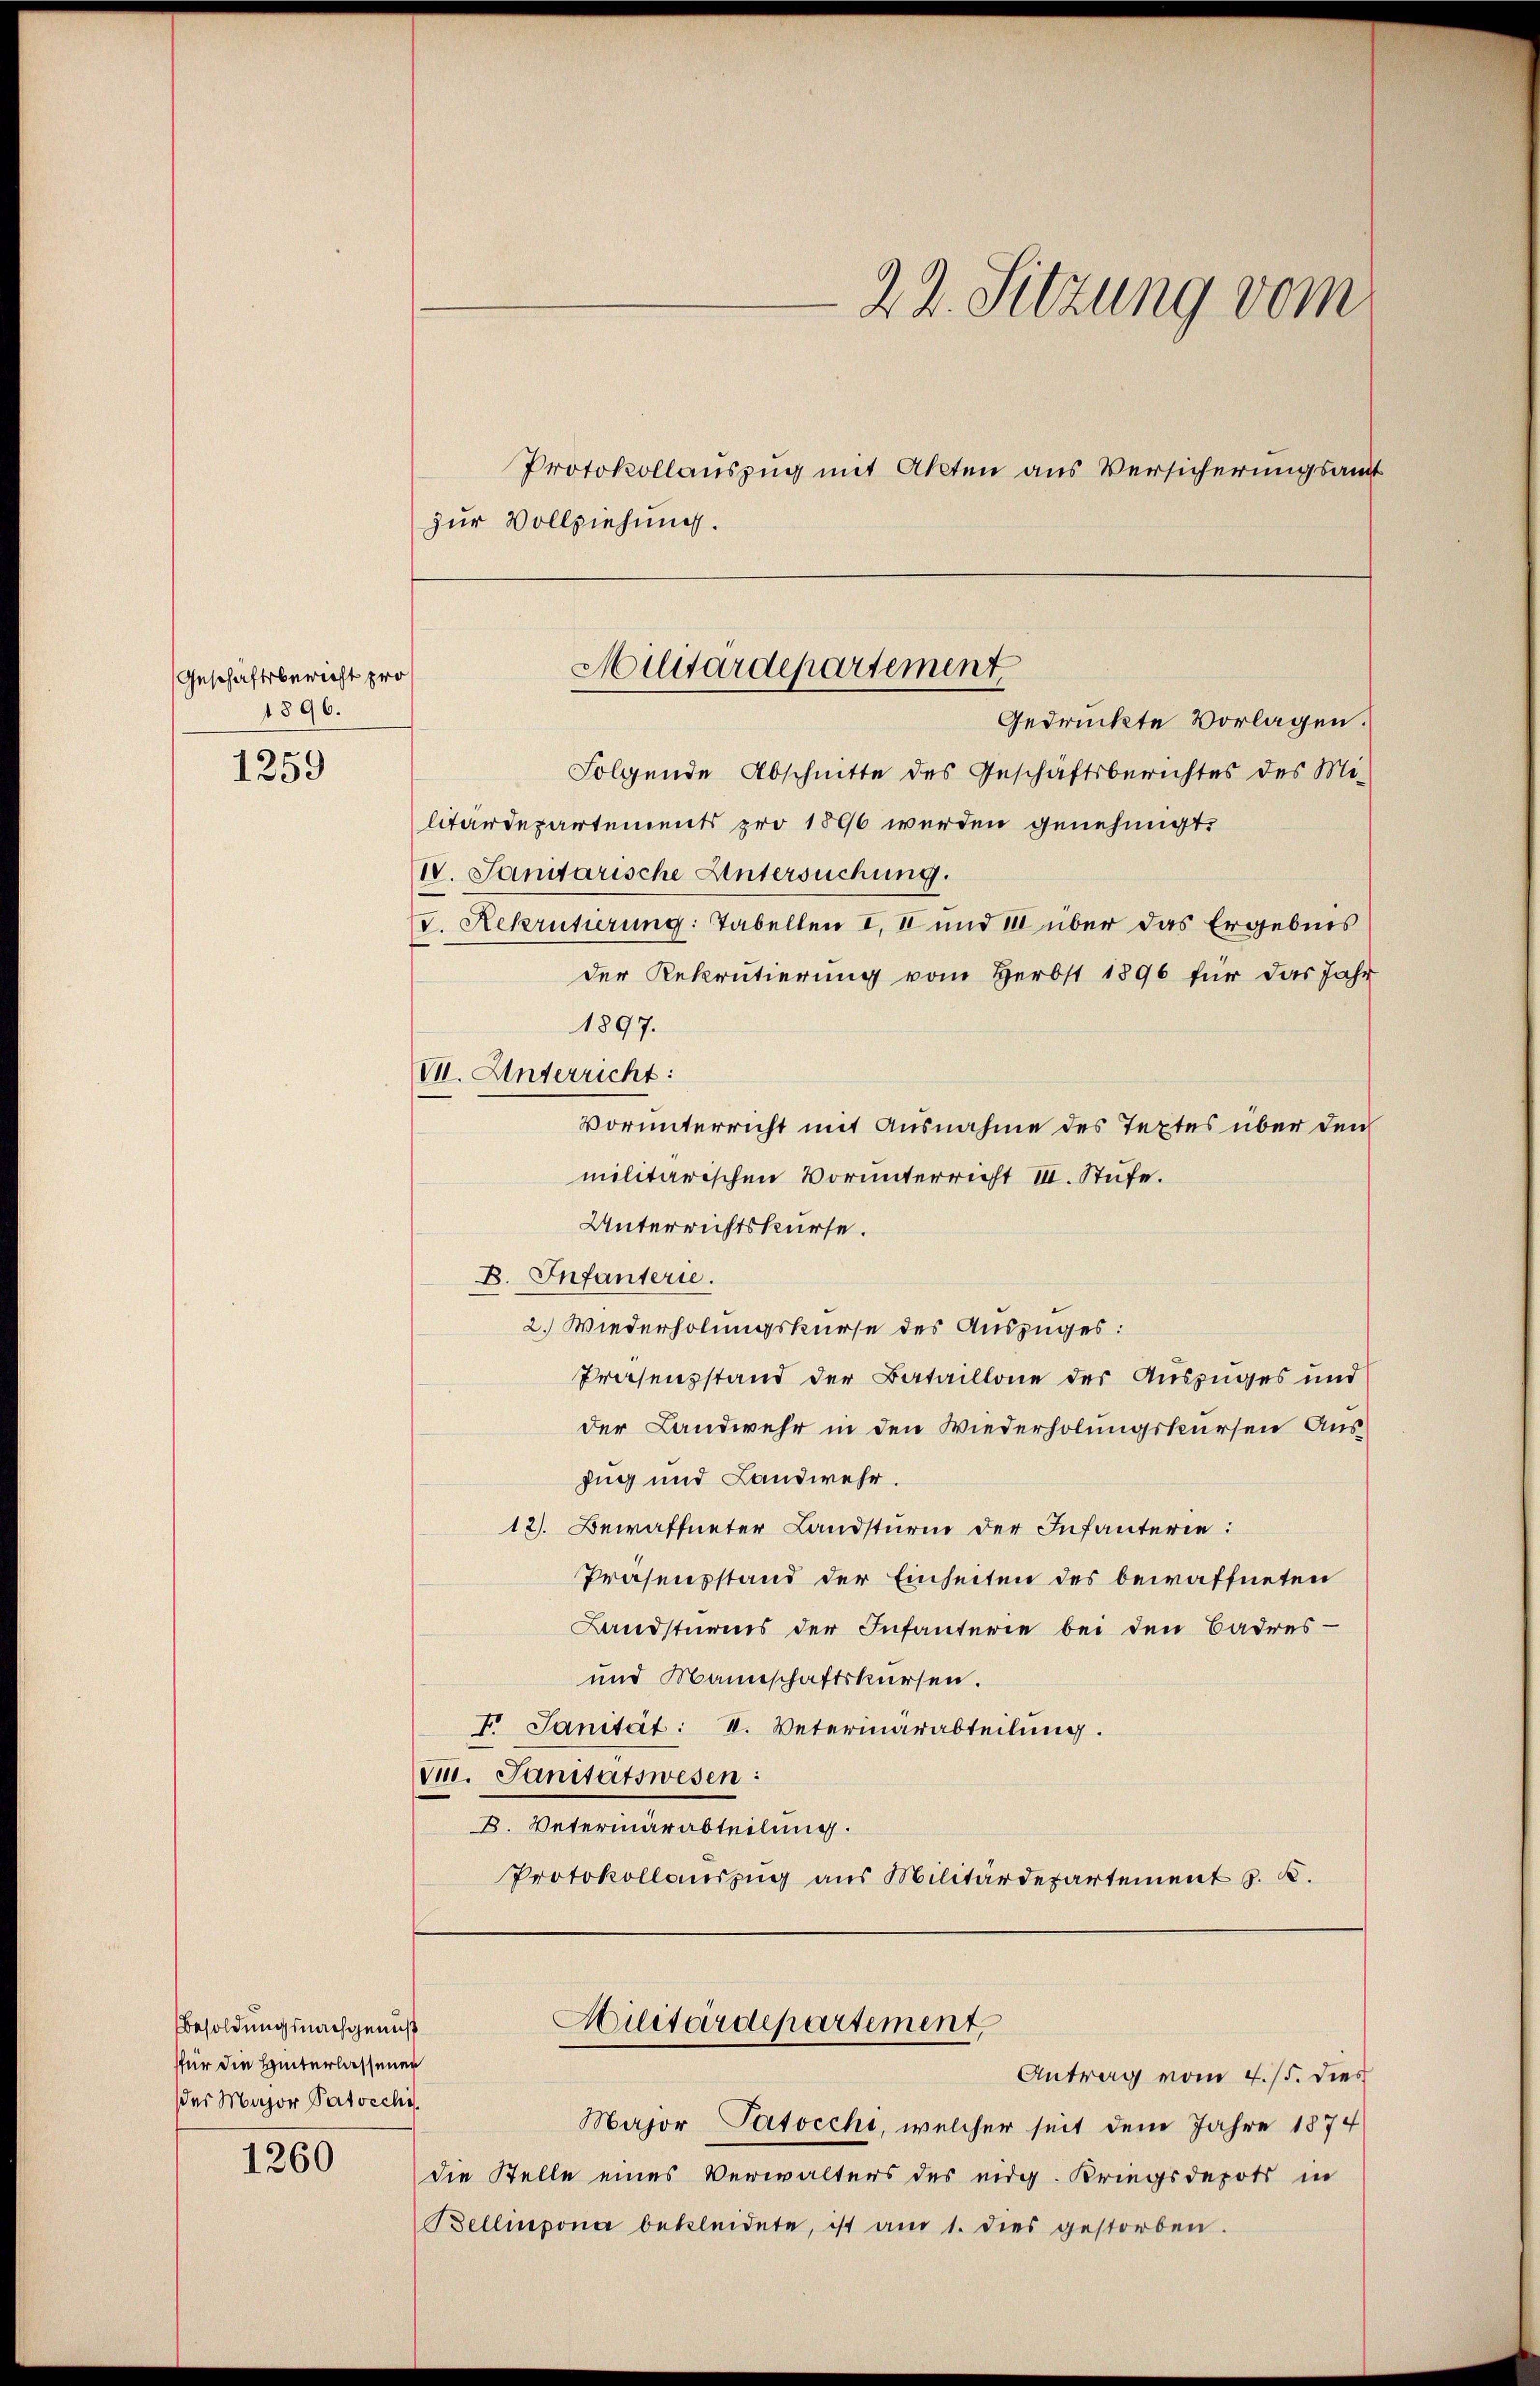
Geschäftsbericht pro
1896.

1259

Besoldungsnachgenuß
für die Hinterlassener
der Major Patoechs

1260

zur Vollziehung.
Folgende Abschnitte des Geschäftsberichtes des Mi-
litärdepartements pro 1890 werden genehmigt.
IV. Janitarische Untersuchung.
(V. Rekrutierung: Tabellen I. II und III über das Ergebnis
der Rekrutierung vom Herbst 1896 für das Jahr
1897.
V. Unterricht:
Vorunterricht mit Ausnahme des Textes über den
militärischen Vorunterricht III. Stufe.
Unterrichtskurse.
B. Infanterie.
2. Wiederholungskurse des Auszuges:
Präsenzstand der Bataillone der Auszuges und
der Landwehr in den Wiederholungskursen Aus¬
Zug und Landwehr.
12). Bewaffneter Landsturm der Infanterie:
Prasensstand der Einheiten des bewaffneten
Landstürens der Infanterie bei den Badres-
und Mannschaftskursen.
I. Janität: I. Veterinärabteilung.
v. Sanitätswesen:
B. Veterinärabteilung.
Protokollauszug aus Militärdepartement S. K.

Major Patocchi, welcher seit dem Jahre 1874
die Stelle eines Verwalters des eidg. Kriegsdepots in
Bellmpona bekleidete, ist am 1. dies gestorben.

22. Sitzung vom
Protokollauszug mit Akten aus Versicherungsamt

Militärdepartement
Gedrückte Vorlagen.

Militärdepartement.
Antrag vom 4. 15. dies